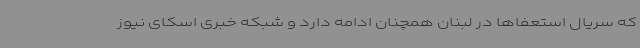
که سریال استعفاها در لبنان همچنان ادامه دارد و شبکه خبری اسکای نیوز